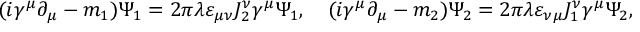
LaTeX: ( i \gamma ^ { \mu } \partial _ { \mu } - m _ { 1 } ) \Psi _ { 1 } = 2 \pi \lambda \varepsilon _ { \mu \nu } J _ { 2 } ^ { \nu } \gamma ^ { \mu } \Psi _ { 1 } , \quad ( i \gamma ^ { \mu } \partial _ { \mu } - m _ { 2 } ) \Psi _ { 2 } = 2 \pi \lambda \varepsilon _ { \nu \mu } J _ { 1 } ^ { \nu } \gamma ^ { \mu } \Psi _ { 2 } ,